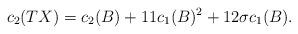
LaTeX: \begin{align*}c_2(TX)=c_2(B) + 11c_1(B)^2 + 12\sigma c_1(B).\end{align*}